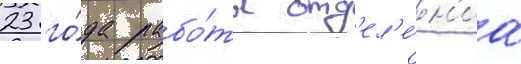
23 го́да рабо́ты отд'ел'е́н'иа